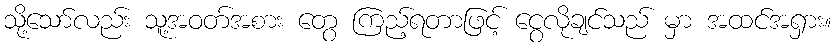
သို့သော်လည်း သူ့အဝတ်အစား တွေ ကြည့်ရတာဖြင့် ငွေလိုချင်သည် မှာ အထင်အရှား။